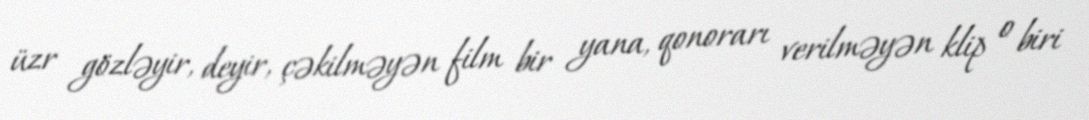
üzr gözləyir, deyir, çəkilməyən film bir yana, qonorarı verilməyən klip o biri